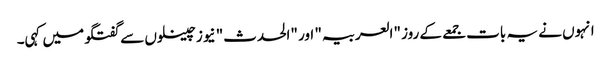
انہوں نے یہ بات جمعے کے روز "العربیہ" اور "الحدث" نیوز چینلوں سے گفتگو میں کہی۔